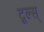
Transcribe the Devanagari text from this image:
टूल्स्